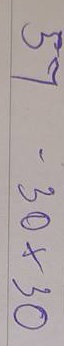
57 = 30x30